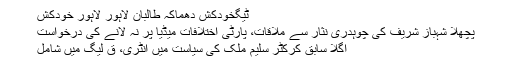
ٹیگخودکش دھماکہ طالبان لاہور لاہور خودکش
پچھلا شہباز شریف کی چوہدری نثار سے ملاقات، پارٹی اختلافات میڈیا پر نہ لانے کی درخواست
اگلا سابق کرکٹر سلیم ملک کی سیاست میں انٹری، ق لیگ میں شامل